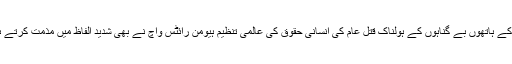
شمالی صوبے کادونا کے شہر زاریا میں فوج کے ہاتھوں بے گناہوں کے ہولناک قتل عام کی انسانی حقوق کی عالمی تنظیم ہیومن رائٹس واچ نے بھی شدید الفاظ میں مذمت کرتے ہوئے اس واقعے کی تحقیقات کا مطالبہ کیا تھا۔